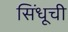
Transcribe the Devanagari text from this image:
सिंधूची